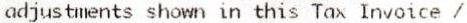
ADJUSTMENTS SHOWN IN THIS TAX INVOICE /